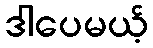
ဒါပေမယ့်